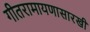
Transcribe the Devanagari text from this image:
गीतरामायणासारखी